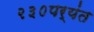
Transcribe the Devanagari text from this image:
२३०पर्यंत